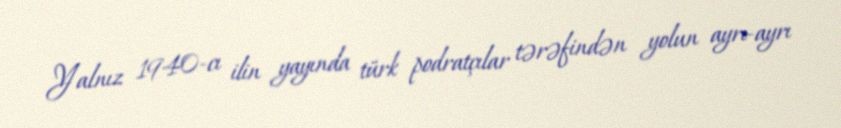
Yalnız 1940-cı ilin yayında türk podratçılar tərəfindən yolun ayrı-ayrı